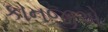
કાનજીએ